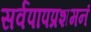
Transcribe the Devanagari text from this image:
सर्वपापप्रशमनं